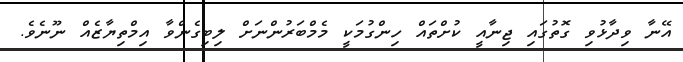
އޭނާ ވިދާޅުވި ގޮތުގައި ޖިނާއީ ކުށްތައް ހިންގުމަކީ މެމްބަރުންނަށް ލިބިގެންވާ އިމްތިޔާޒެއް ނޫނެވެ.